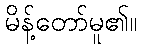
မိန့်တော်မူ၏။